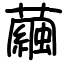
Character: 繭